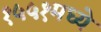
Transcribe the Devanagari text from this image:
१५५१मध्ये